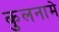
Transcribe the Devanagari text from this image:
कुलनामे